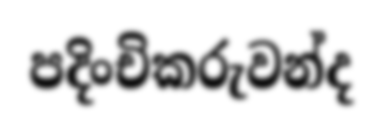
පදිංචිකරුවන්ද